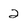
Character: 2